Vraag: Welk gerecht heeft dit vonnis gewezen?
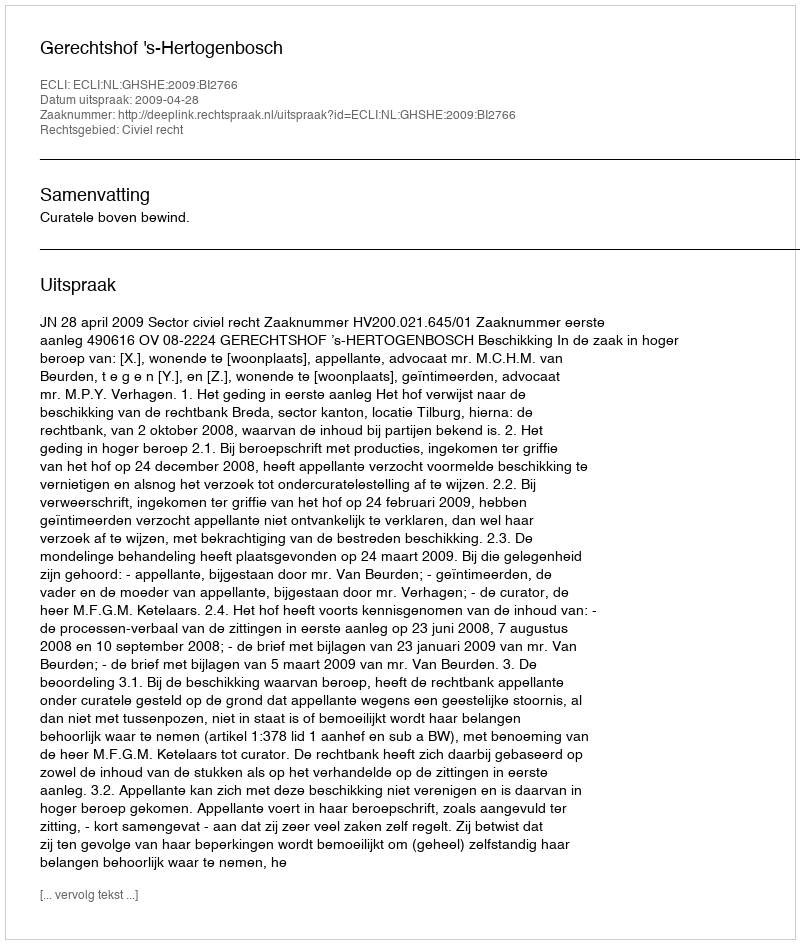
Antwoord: Gerechtshof 's-Hertogenbosch